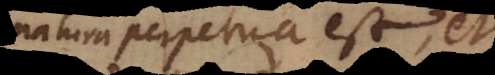
natura perpetua est, et